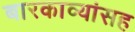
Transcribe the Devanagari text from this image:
बारकाव्यांसह